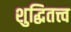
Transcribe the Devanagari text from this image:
शुद्धितत्त्व